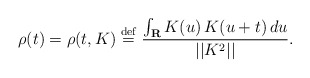
\begin{align*}\rho (t)=\rho (t,K)\stackrel{\rm def}{=}\frac{\int_{{\bf R}}K(u)\,K(u+t)\,du}{||K^{2}||}. \end{align*}